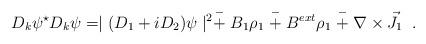
LaTeX: \begin{align*} D_{k}\psi^{\star}D_{k}\psi=\mid(D_{1}+iD_{2})\psi\mid^{2} \stackrel{-}{+}B_{1}\rho_{1}\stackrel{-}{+}B^{ext}\rho_{1} \stackrel{-}{+}\nabla\times \vec{J}_{1} \;\;.\end{align*}